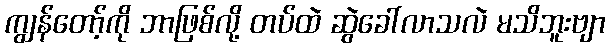
ကျွန်တော့်ကို ဘာဖြစ်လို့ တပ်ထဲ ဆွဲခေါ်လာသလဲ မသိဘူးဗျာ